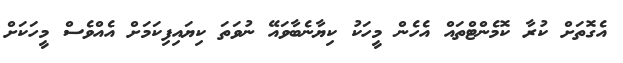
އެގޮތަށް ކުރާ ކޮމެންޓްތައް އެހެން މީހަކު ކިޔާނެބާވައޭ ނުވަތަ ކިޔައިފިކަމަށް އެއްވެސް މީހަކަށް